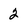
Character: 2